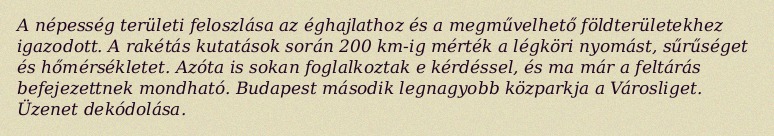
A népesség területi feloszlása az éghajlathoz és a megművelhető földterületekhez igazodott. A rakétás kutatások során 200 km-ig mérték a légköri nyomást, sűrűséget és hőmérsékletet. Azóta is sokan foglalkoztak e kérdéssel, és ma már a feltárás befejezettnek mondható. Budapest második legnagyobb közparkja a Városliget. Üzenet dekódolása.